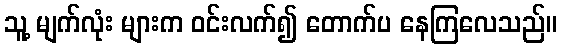
သူ့ မျက်လုံး များက ဝင်းလက်၍ တောက်ပ နေကြလေသည်။